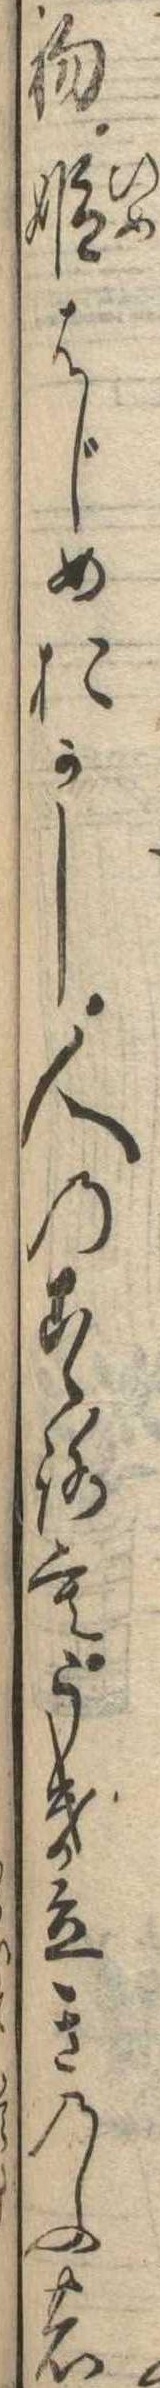
初姫はじめおかし人のこゝろもうき立きのふの